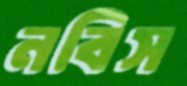
নবিস